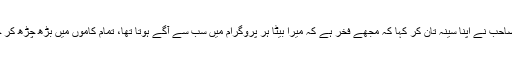
ان کے والد صاحب نے اپنا سینہ تان کر کہا کہ مجھے فخر ہے کہ میرا بیٹا ہر پروگرام میں سب سے آگے ہوتا تھا، تمام کاموں میں بڑھ چڑھ کر حصہ لیتا تھا۔